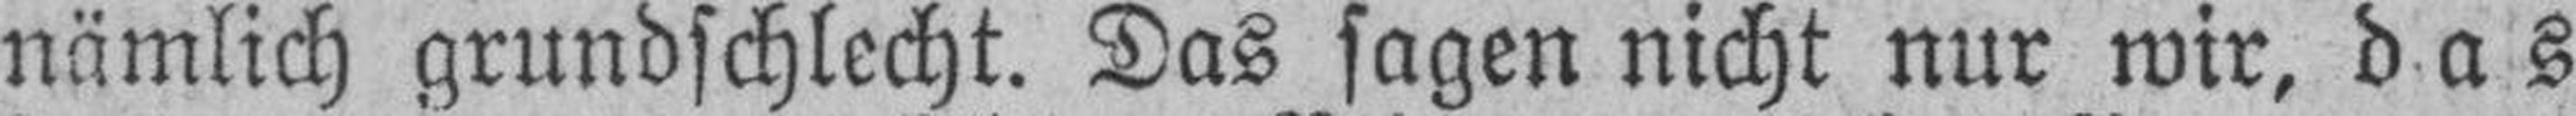
nämlich grundschlecht. Das sagen nicht nur wir, das